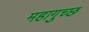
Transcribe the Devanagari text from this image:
महागुच्छ